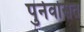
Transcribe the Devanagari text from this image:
पुर्नवसित